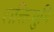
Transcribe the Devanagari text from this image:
शक्तिमुनि